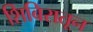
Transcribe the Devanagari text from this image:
शिबिरातून